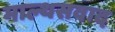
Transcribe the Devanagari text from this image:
माल्थसवाद